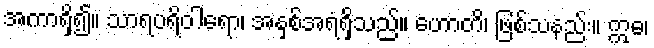
အကာရှိ၍။ သာရပရိဝါရော၊ အနှစ်အရံရှိသည်။ ဟောတိ၊ ဖြစ်သနည်း။ ဣဓ၊